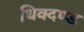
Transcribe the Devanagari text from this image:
धिक्दण्ड